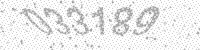
Solution: 033189